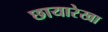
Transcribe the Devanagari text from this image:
छायारेखा